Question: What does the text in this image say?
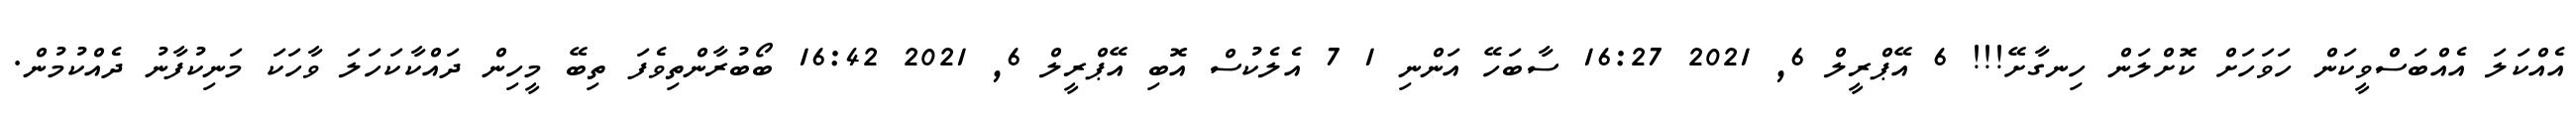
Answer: އެއްކަލަ އެއްބަސްވީކަން ހަވަހަށް ކޮށްލަން ހިނގާށޭ!!! 6 އޭޕްރީލް 6, 2021 16:27 ސާބަހޭ އަންނި 1 7 އެލެކުސް އޮބި އޭޕްރީލް 6, 2021 16:42 ބޯބުރާންތިވެފަ ތިބޭ މީހިން ދައްކާކަހަލަ ވާހަކަ މަނިކުފާނު ދެއްކުމުން.